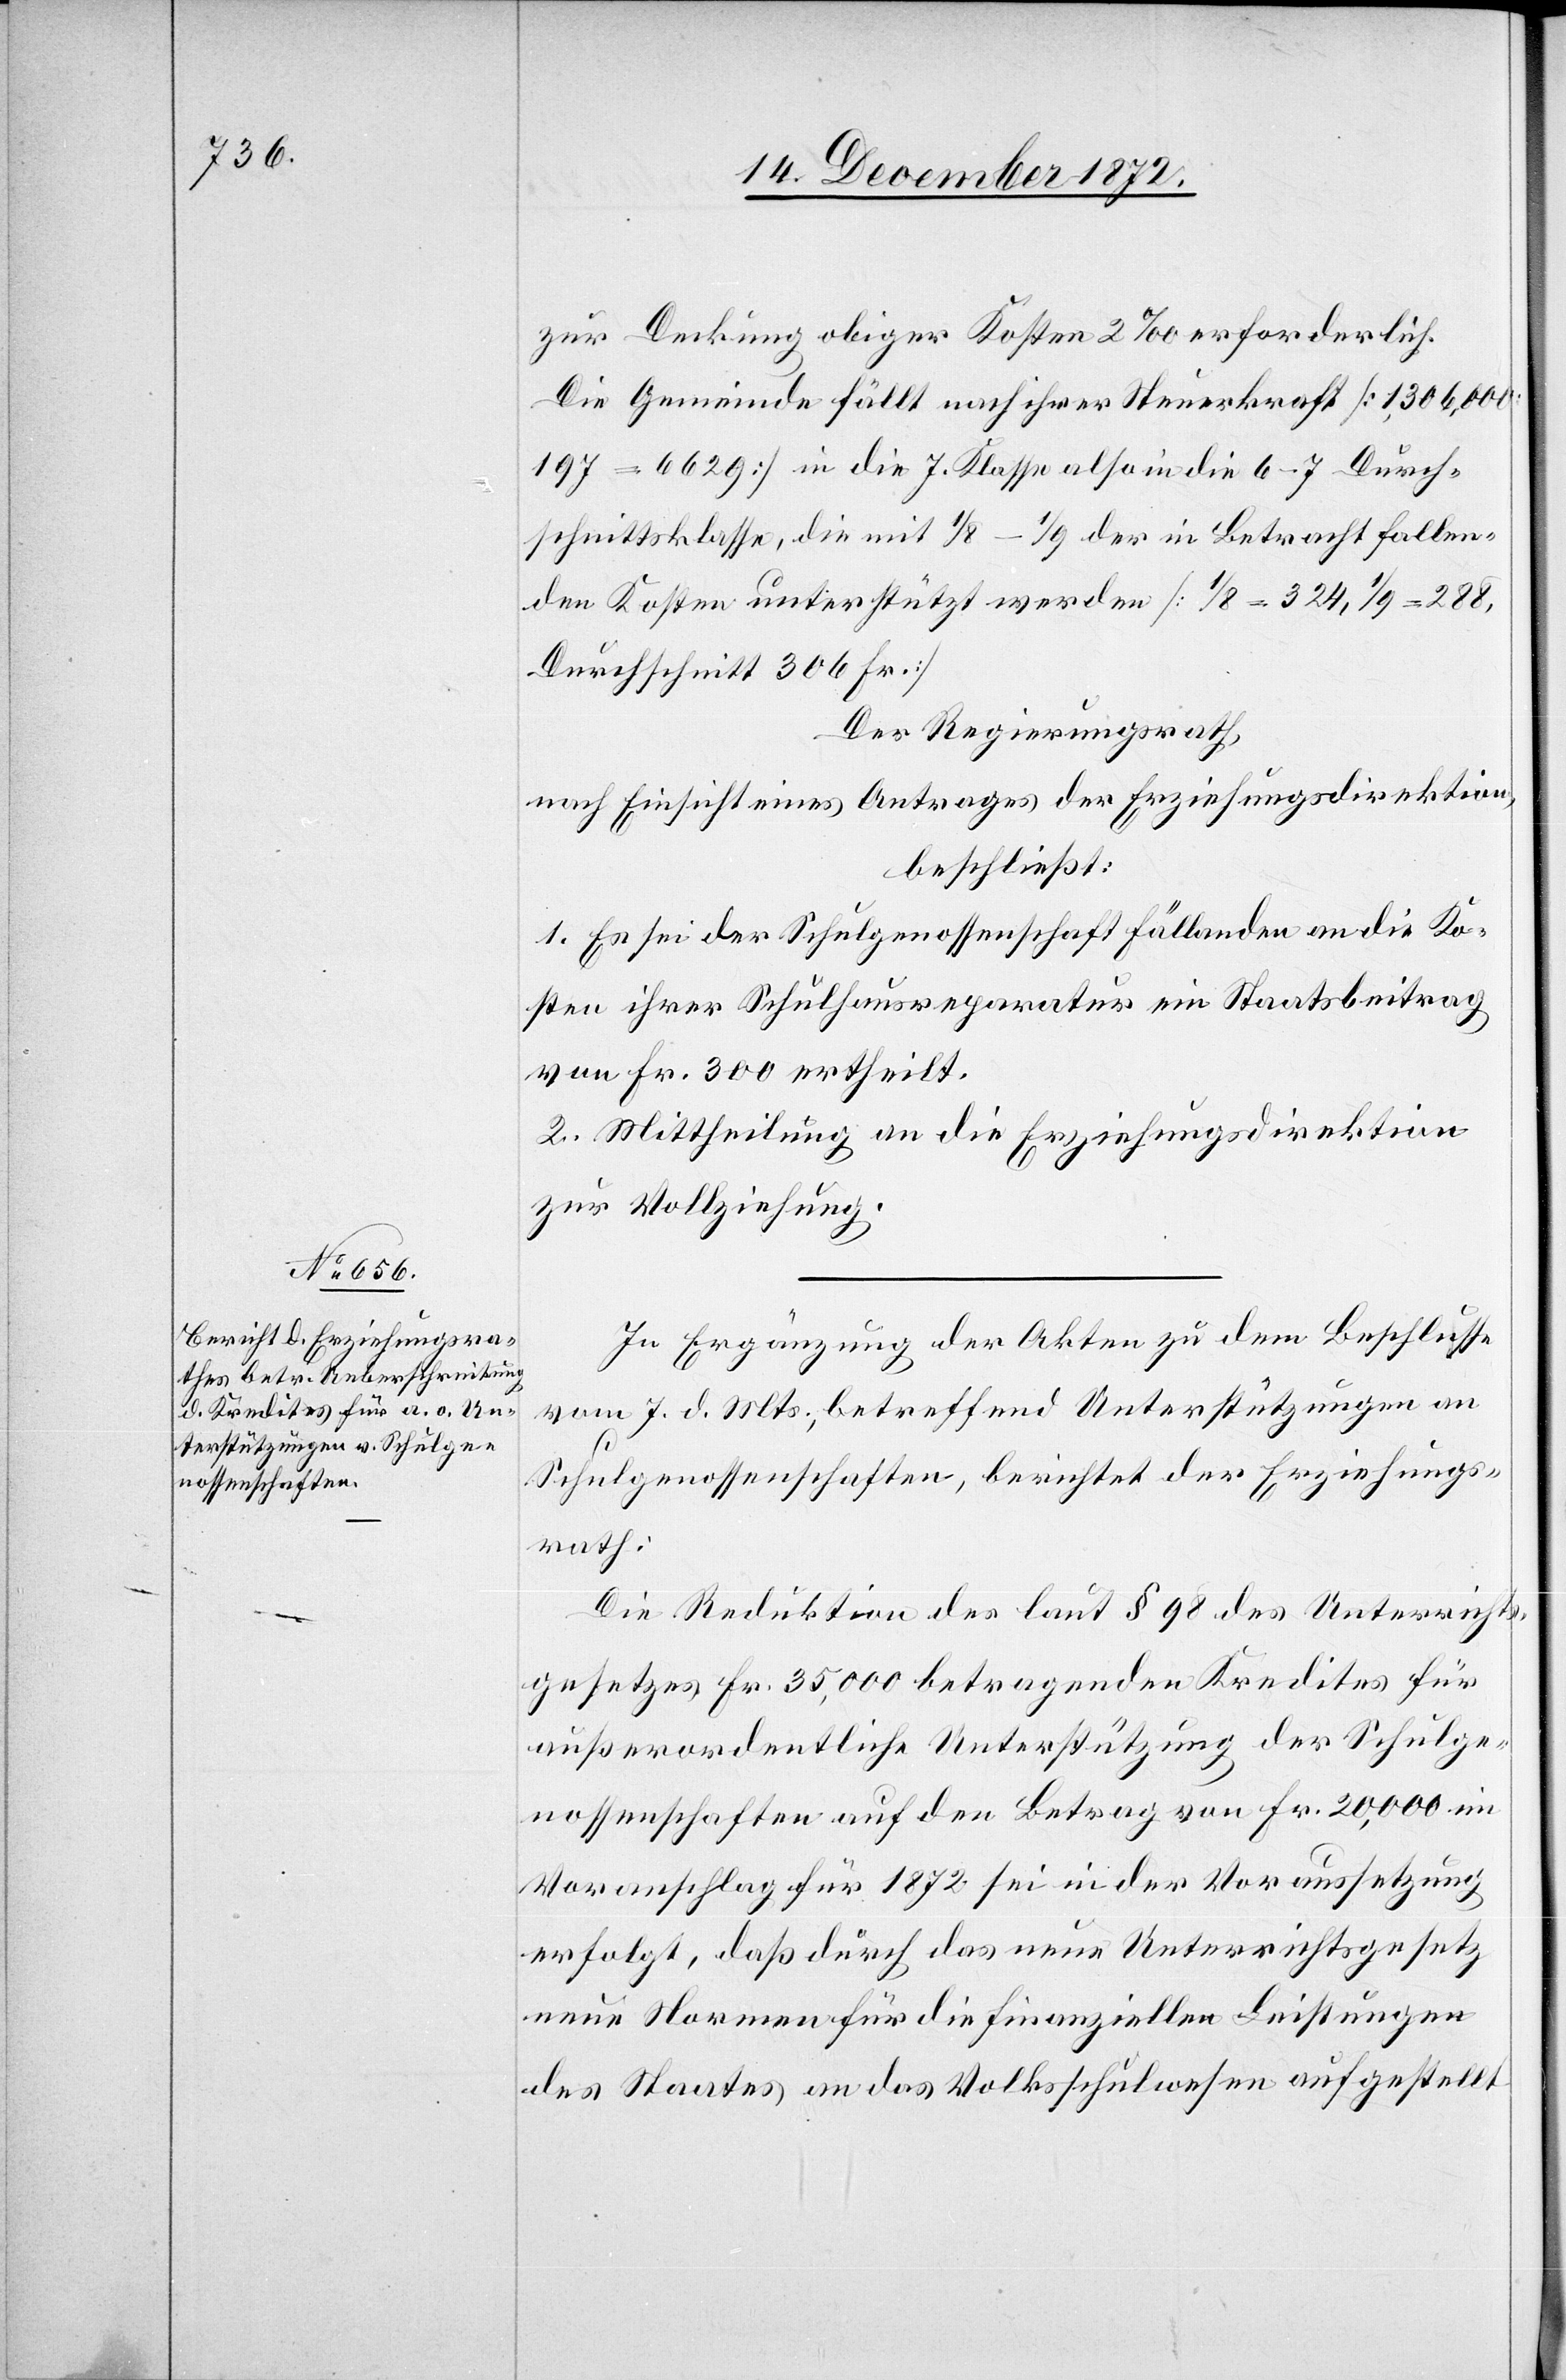
zur Deckung obiger Kosten 2‰ erforderlich.
Die Gemeinde fällt nach ihrer Steuerkraft [1,306,000
197 = 6629] in die 7. Klasse also in die 6–7 Durch¬
schnittsklasse, die mit 1/8–1/9 der in Betracht fallen¬
den Kosten unterstützt werden [1/8 = 324, 1/9 = 288,
Durchschnitt 306 Fr.]
Der Regierungsrath,
nach Einsicht eines Antrages der Erziehungsdirektion,
beschließt:
1. Es sei der Schulgenossenschaft Fällanden an die Ko¬
sten ihrer Schulhausreparatur ein Staatsbeitrag
von Fr. 300 ertheilt.
2. Mittheilung an die Erziehungsdirektion
zur Vollziehung.
In Ergänzung der Akten zu dem Beschlusse
vom 7. d. Mts., betreffend Unterstützungen an
Schulgenossenschaften, berichtet der Erziehungs¬
rath:
Die Reduktion des laut § 98 des Unterrichts¬
gesetzes Fr. 35,000 betragenden Kredites für
außerordentliche Unterstützung der Schulge¬
nossenschaften auf den Betrag von Fr. 20,000 im
Voranschlag für 1872 sei in der Voraussetzung
erfolgt, daß durch das neue Unterrichtsgesetz
neue Normen für die finanziellen Leistungen
des Staates an das Volksschulwesen aufgestellt